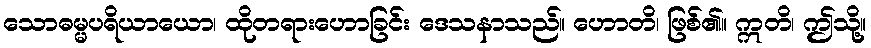
သောဓမ္မပရိယာယော၊ ထိုတရားဟောခြင်း ဒေသနာသည်။ ဟောတိ၊ ဖြစ်၏။ ဣတိ၊ ဤသို့။